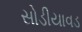
સોડીયાવડ